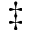
^ { \ddagger }